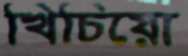
খিচিয়ো